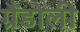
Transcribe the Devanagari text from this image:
ग्रैंडोली